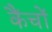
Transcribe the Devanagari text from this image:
कैंचों